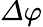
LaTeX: \varDelta\varphi